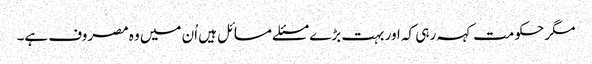
مگر حکومت کہہ رہی کہ اور بہت بڑے مسئلے مسائل ہیں اُن میں وہ مصروف ہے۔